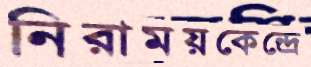
নিরাময়কেন্দ্রে